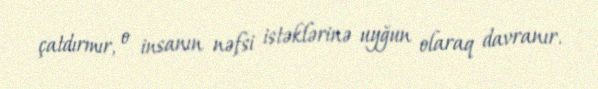
çatdırmır, o insanın nəfsi istəklərinə uyğun olaraq davranır.